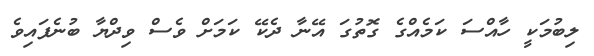
ލިބުމަކީ ހާއްސަ ކަމެއްގެ ގޮތުގަ އޭނާ ދެކޭ ކަމަށް ވެސް ވިދްޔާ ބުނެފައިވެ